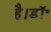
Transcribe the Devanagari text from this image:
है।डॉ॰